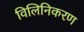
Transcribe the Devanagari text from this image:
विलिनिकरण